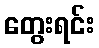
တွေးရင်း